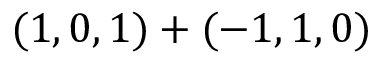
( 1 , 0 , 1 ) + ( - 1 , 1 , 0 )